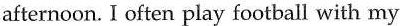
afternoon. I often play football with my